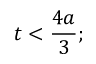
t < { \frac { 4 a } { 3 } } ;